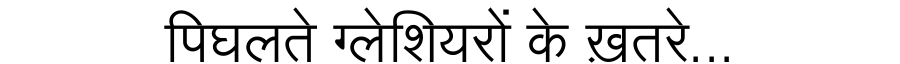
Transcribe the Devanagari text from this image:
पिघलते ग्लेशियरों के ख़तरे...